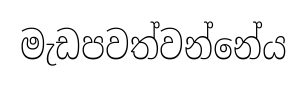
මැඩපවත්වන්නේය